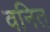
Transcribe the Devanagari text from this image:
वनित